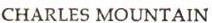
CHARLES MOUNTAIN